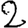
Digit: 2